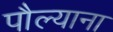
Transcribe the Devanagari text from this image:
पौल्याना